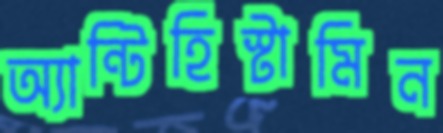
অ্যান্টিহিস্টামিন